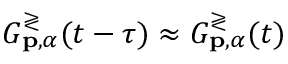
G _ { \mathbf { p } , \alpha } ^ { \gtrless } ( t - \tau ) \approx G _ { \mathbf { p } , \alpha } ^ { \gtrless } ( t )